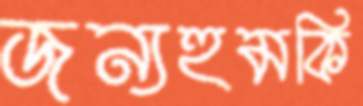
জন্যহুমকি